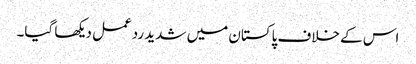
اس کے خلاف پاکستان میں شدید ردعمل دیکھا گیا۔